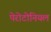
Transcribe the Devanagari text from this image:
पेरोटोनियल